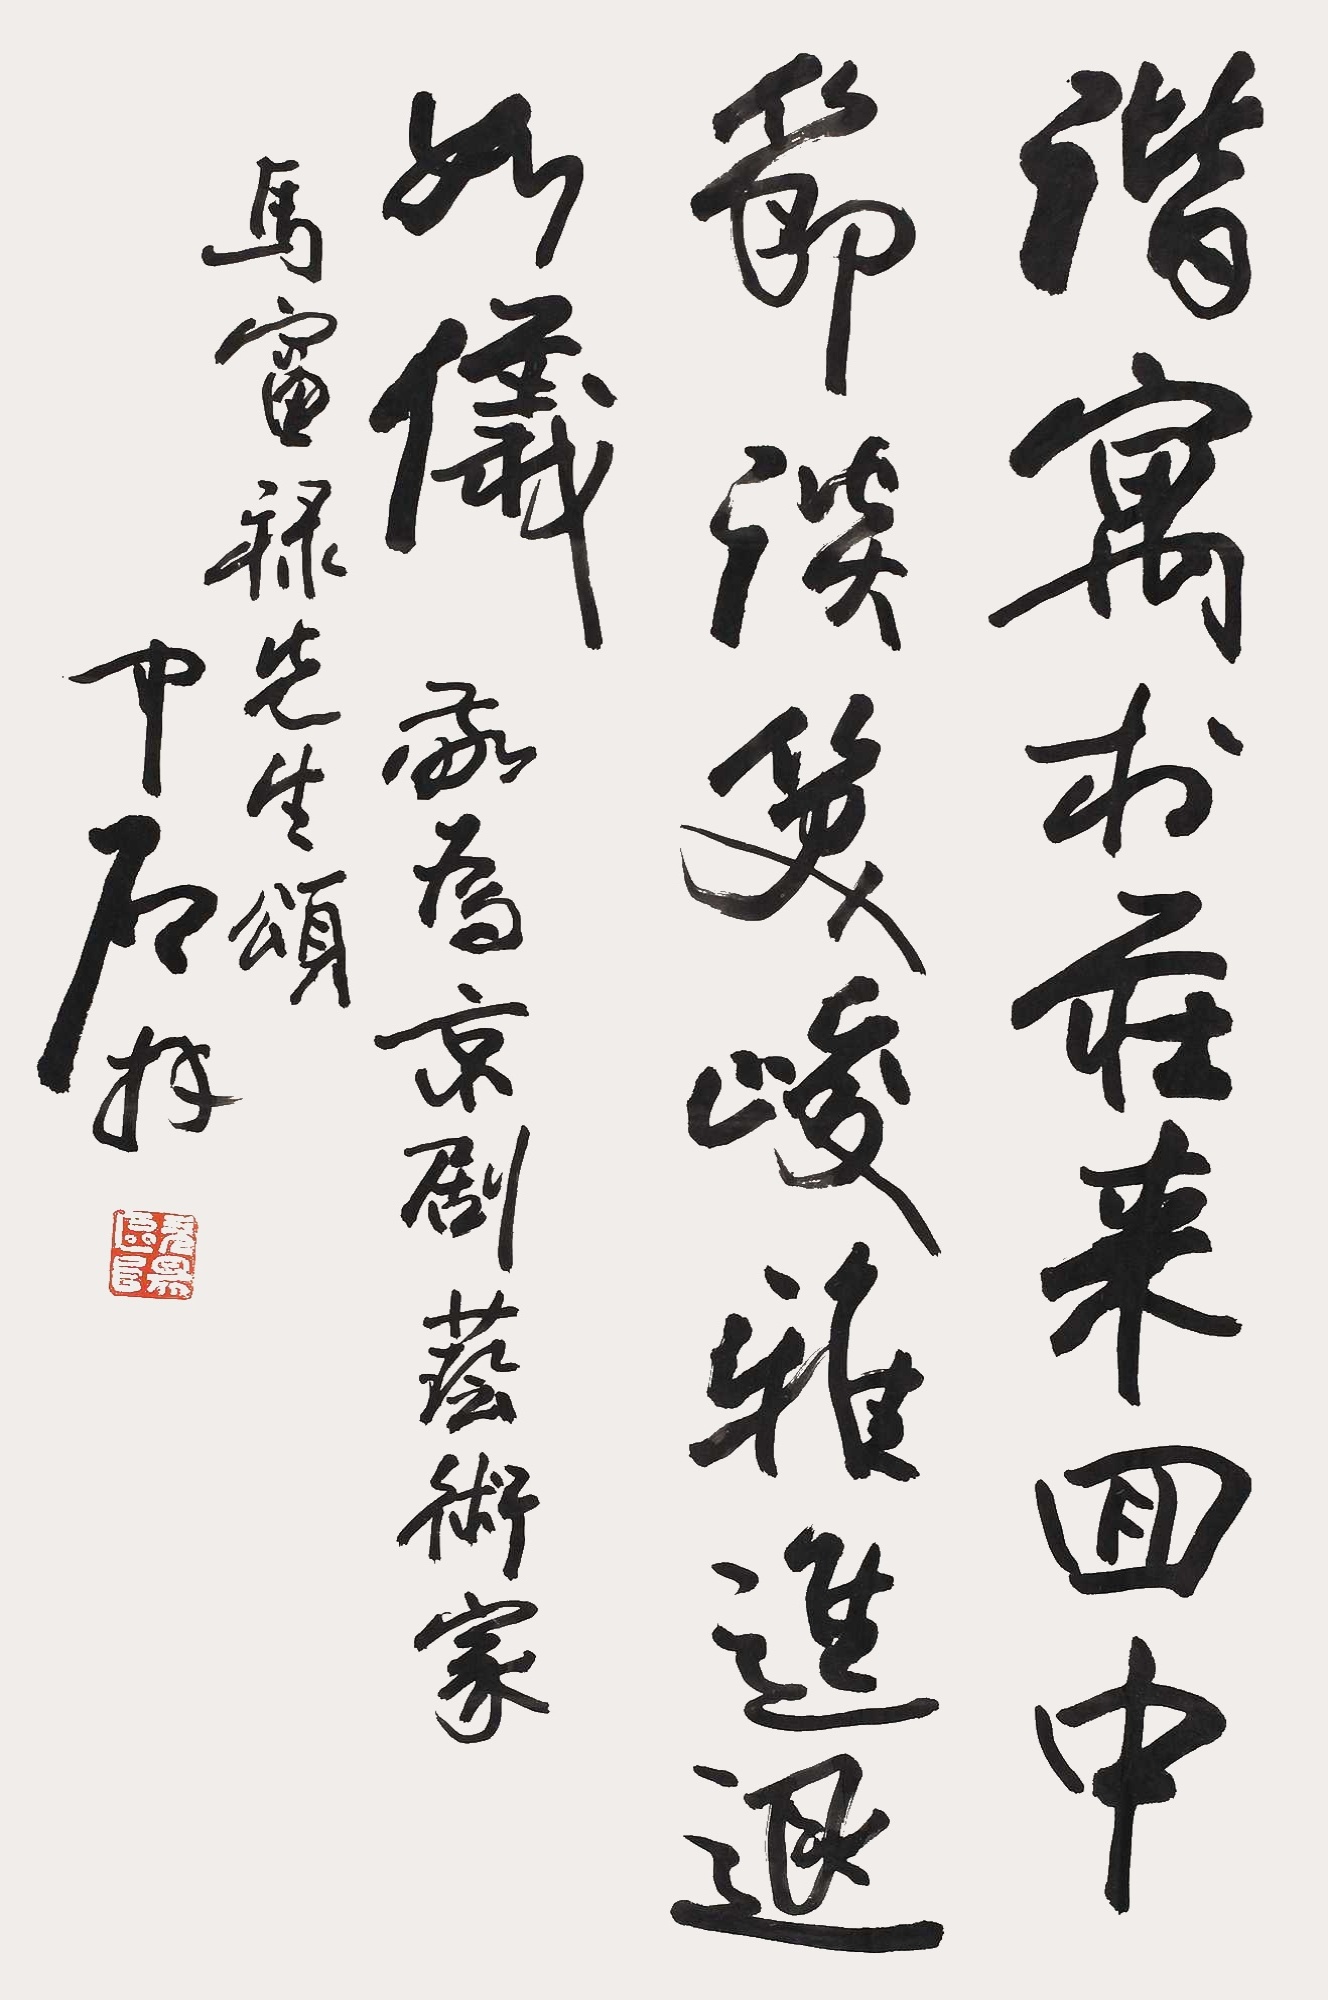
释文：谐寓求庄来回中，节谈笑峻雅，进退如仪。我为京剧艺术家马富禄先生颂，中石拜。